Black-water fever - Number 35
Disease focus: Fever
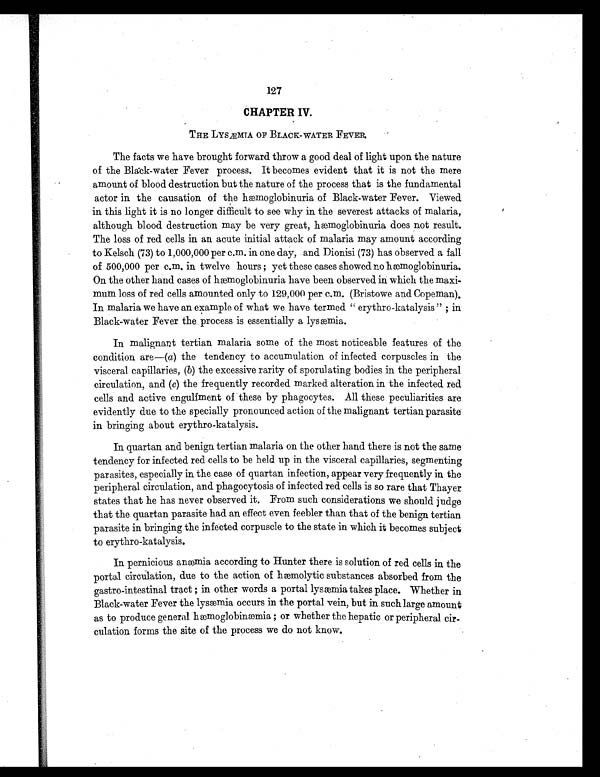
127
CHAPTER IV.
THE LYSÆMTA OF BLACK-WATER FEVER.
The facts we have brought forward throw a good deal of light upon the nature
of the Black-water Fever process. It becomes evident that it is not the mere
amount of blood destruction but the nature of the process that is the fundamental
actor in the causation of the hæmoglobinuria of Black-water Fever. Viewed
in this light it is no longer difficult to see why in the severest attacks of malaria,
although blood destruction may be very great, hæmoglobinuria does not result.
The loss of red cells in an acute initial attack of malaria may amount according
to Kelsch (73) to 1,000,000 per c.m. in one day, and Dionisi (73) has observed a fall
of 500,000 per c.m. in twelve hours ; yet these cases showed no hæmoglobinuria.
On the other hand cases of hæmoglobinuria have been observed in which the maxi-
mum loss of red cells amounted only to 129,000 per c.m. (Bristowe and Copeman).
In malaria we have an example of what we have termed " erythro-katalysis " ; in
Black-water Fever the process is essentially a lysæmia.
In malignant tertian malaria some of the most noticeable features of the
condition are—( a) the tendency to accumulation of infected corpuscles in the
visceral capillaries, ( b) the excessive rarity of sporulating bodies in the peripheral
circulation, and ( c) the frequently recorded marked alteration in the infected red
cells and active engulfment of these by phagocytes. All these peculiarities are
evidently due to the specially pronounced action of the malignant tertian parasite
in bringing about erythro-katalysis.
In quartan and benign tertian malaria on the other hand there is not the same
tendency for infected red cells to be held. up in the visceral capillaries, segmenting
parasites, especially in the case of quartan infection, appear very frequently in the
peripheral circulation, and phagocytosis of infected red cells is so rare that Thayer
states that he has never observed it. From such considerations we should judge
that the quartan parasite had an effect even feebler than that of the benign tertian
parasite in bringing the infected corpuscle to the state in which it becomes subject
to erythro-katalysis.
In pernicious anæmia according to Hunter there is solution of red cells in the
portal circulation, due to the action of hæmolytic substances absorbed from the
gastro-intestinal tract ; in other words a portal lysæmia takes place. Whether in
Black-water Fever the lysæmia occurs in the portal vein, but in such large amount
as to produce general hæmoglobinæmia ; or whether the hepatic or peripheral cir-
culation forms the site of the process we do not know.